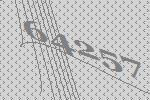
64257